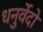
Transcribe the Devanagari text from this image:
धनुर्वेदो